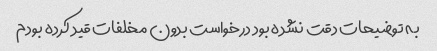
به توضیحات دقت نشده بود درخواست بدون مخلفات قید کرده بودم